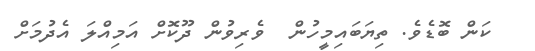
ކަން ބޮޑެވެ. ތިޔަބައިމީހުން  ވެރިވުން ދޫކޮށް އަމިއްލަ އެދުމަށް